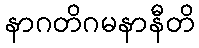
နာဂတိဂမနာနီတိ